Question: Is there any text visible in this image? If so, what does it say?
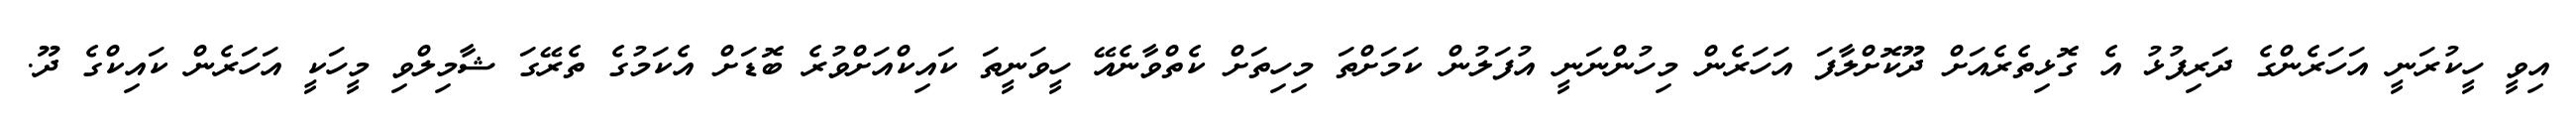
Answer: އިވީ ހީކުރަނީ އަހަރެންގެ ދަރިފުޅު އެ ގޮޅިތެރެއަށް ދޫކޮށްލާފަ އަހަރެން މިހުންނަނީ އުފަލުން ކަމަށްތަ މިހިތަށް ކެތްވާނެއޭ ހީވަނީތަ ކައިކްއަށްވުރެ ބޮޑަށް އެކަމުގެ ތެރޭގަ ޝާމިލްވި މީހަކީ އަހަރެން ކައިކްގެ ދޫ.